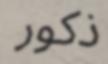
ذكور